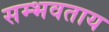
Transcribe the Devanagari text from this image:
सम्भवताय